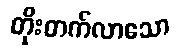
တိုးတက်လာသော